Vaccination in Bombay 1874-1876 - 1874-1876
Year: 1874
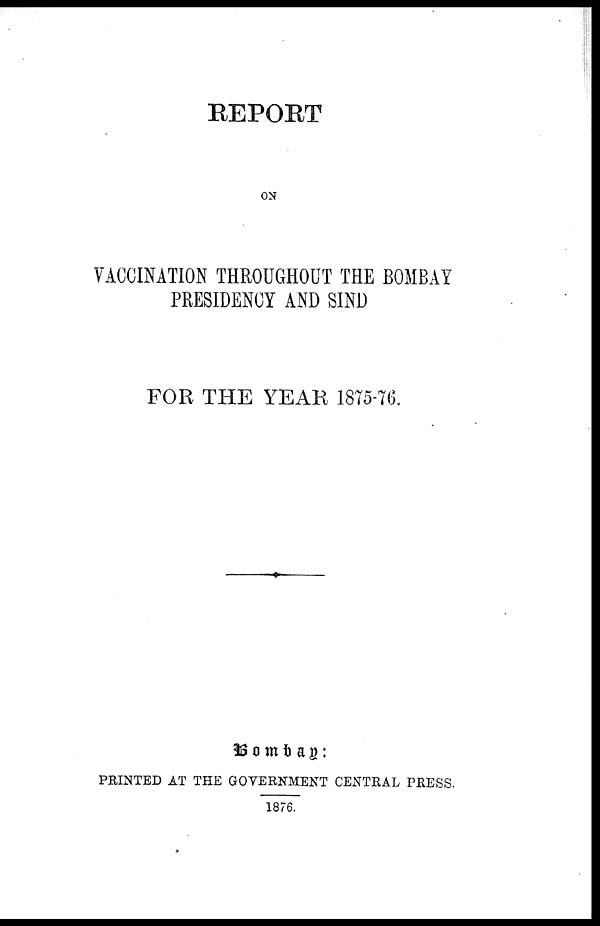
REPORT
ON
VACCINATION THROUGHOUT THE BOMBAY
PRESIDENCY AND SIND
FOR THE YEAR 1875-76.
Bombay:
PRINTED AT THE GOVERNMENT CENTRAL PRESS.
1876.